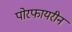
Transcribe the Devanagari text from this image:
पोरफायरीन